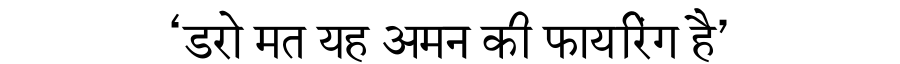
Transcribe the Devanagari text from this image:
‘डरो मत यह अमन की फायरिंग है’